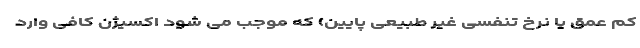
کم عمق یا نرخ تنفسی غیر طبیعی پایین) که موجب می شود اکسیژن کافی وارد